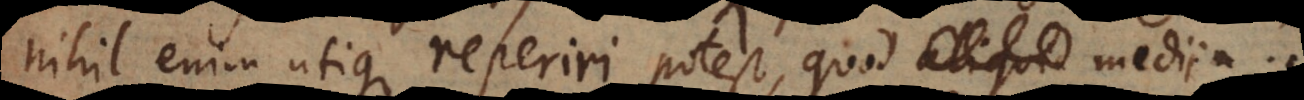
nihil enim utique reperiri potest, quod medii